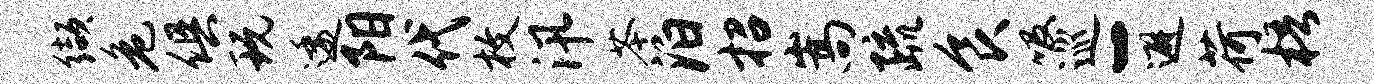
缬危俱玩逶阳代枚汛苓泊招嵩疏食吸巡-避荷梧